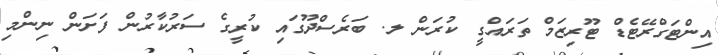
އިންޓަގްރޭޓެޑް ޓޫރިޒަމް ތަރައްގީ ކުރަން ލ. ބަރެސްދޫގައި ކުރީގެ ސަރުކާރުން ފަށަން ނިންމި